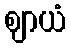
ဈာယံ